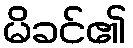
မိခင်၏